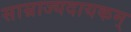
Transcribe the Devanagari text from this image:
साम्राज्यदायकम्